Annual returns of the Patna Lunatic Asylum at Bankipore in Bihar and Orissa - 1912-1924
Year: 1912
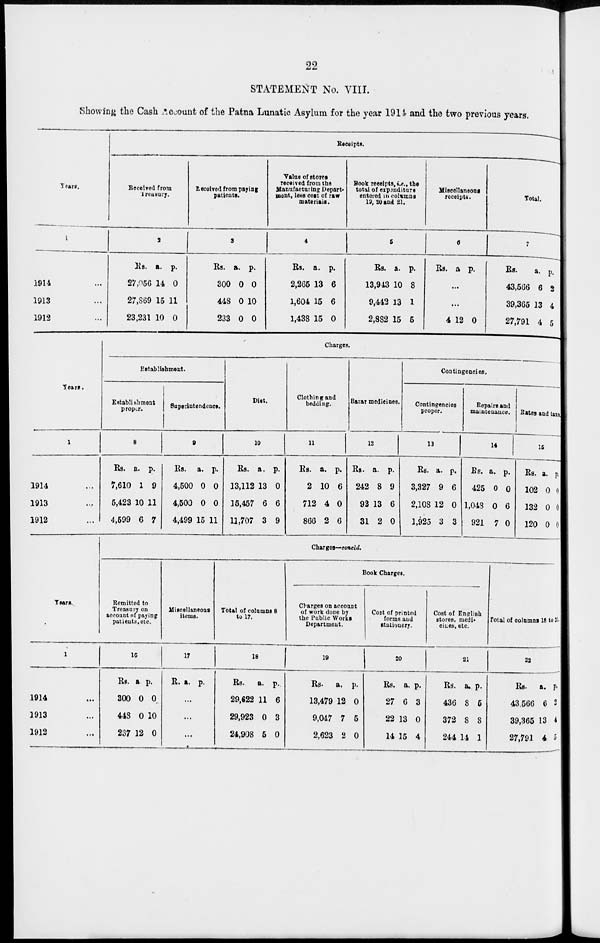
22
STATEMENT No. VIII.
Showing the Cash Account of the Patna Lunatic Asylum for the year 1914 and the two previous years.
Years.
1
1914 ...
1913 ...
1912 ...
Receipts.
Received from
Treasury.
2
Rs.
27,056
27,869
23,231
a.
14
15
10
p.
0
11
0
Received from paying
patients.
3
Rs.
300
448
233
a.
0
0
0
p.
0
10
0
Value of stores
received from the
Manufacturing Depart¬
ment, less cost of raw
materials.
4
Rs.
2,265
1,604
1,438
a.
13
15
15
p.
6
6
0
Book receipts, i.e., the
total of expenditure
entered in columns
19, 20 and 21.
5
Rs.
13,943
9,442
2,882
a.
10
13
15
p.
8
1
5
Miscellaneous
receipts.
6
Rs. a p.
...
...
4 12 0
Total.
7
Rs.
43,566
39,365
27,791
a.
6
13
4
p.
2
4
5
Years.
1
1914 ...
1913 ...
1912 ...
Charges.
Establishment.
Establishment
proper.
8
Rs.
7,610
5,423
4,599
a.
1
10
6
p.
9
11
7
Superintendence.
9
Rs.
4,500
4,500
4,499
a.
0
0
15
p.
0
0
11
Diet.
10
Rs.
13,112
15,457
11,707
a.
13
6
3
p.
0
6
9
Clothing and
bedding.
11
Rs.
2
712
866
a.
10
4
2
p.
6
0
6
Bazar medicines.
12
Rs.
242
92
31
a.
8
13
2
p.
9
6
0
Contingencies.
Contingencies
proper.
13
Rs.
3,327
2,108
1,925
a.
9
12
3
p.
6
0
3
Repairs and
maintenance.
14
Rs.
425
1,043
921
a.
0
0
7
p.
0
6
0
Rates and taxs
15
Rs.
102
132
120
a.
0
0
0
p.
0
0
0
Years.
1
1914 ...
1913 ...
1912 ...
Charges— concld.
Remitted to
Treasury on
account of paying
patients, etc.
16
Rs.
300
448
237
a.
0
0
12
p.
0
10
0
Miscellaneous
items.
17
R. a. p.
...
...
...
Total of columns 8
to 17.
18
Rs.
29,622
29,923
24,908
a.
11
0
5
p.
6
3
0
Book Charges.
Charges on account
of work done by
the Public Works
Department.
19
Rs.
13,479
9,047
2,623
a,
12
7
2
p.
0
5
0
Cost of printed
forms and
stationery.
20
Rs.
27
22
14
a.
6
13
15
p.
3
0
4
Cost of English
stores. medi¬
cines, etc.
21
Rs.
436
372
244
a.
8
8
14
p.
5
8
1
Total of columns 18 to 21.
23
Rs.
43 566
39,365
27,791
a.
6
13
4
p.
2
4
5